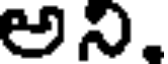
అని.